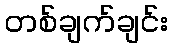
တစ်ချက်ချင်း